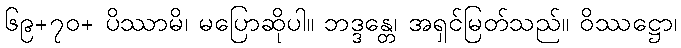
၆၉+၇၀+ ပိဿာမိ၊ မပြောဆိုပါ။ ဘဒ္ဒန္တေ၊ အရှင်မြတ်သည်။ ဝိဿဋ္ဌော၊